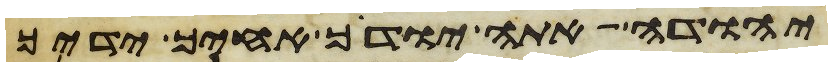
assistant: יהודה אתה יודך אחיך ידיך